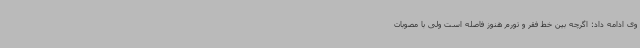
وی ادامه داد: اگرچه بین خط فقر و تورم هنوز فاصله است ولی با مصوبات